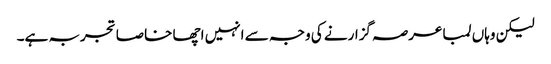
لیکن وہاں لمبا عرصہ گزارنے کی وجہ سے انہیں اچھا خاصا تجربہ ہے۔